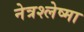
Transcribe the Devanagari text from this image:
नेत्रश्लेष्मा